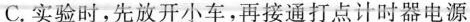
C.实验时，先放开小车，再接通打点计时器电源